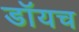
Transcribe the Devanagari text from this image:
डॉयच